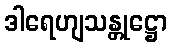
ဒါရေဟျသန္တုဋ္ဌော